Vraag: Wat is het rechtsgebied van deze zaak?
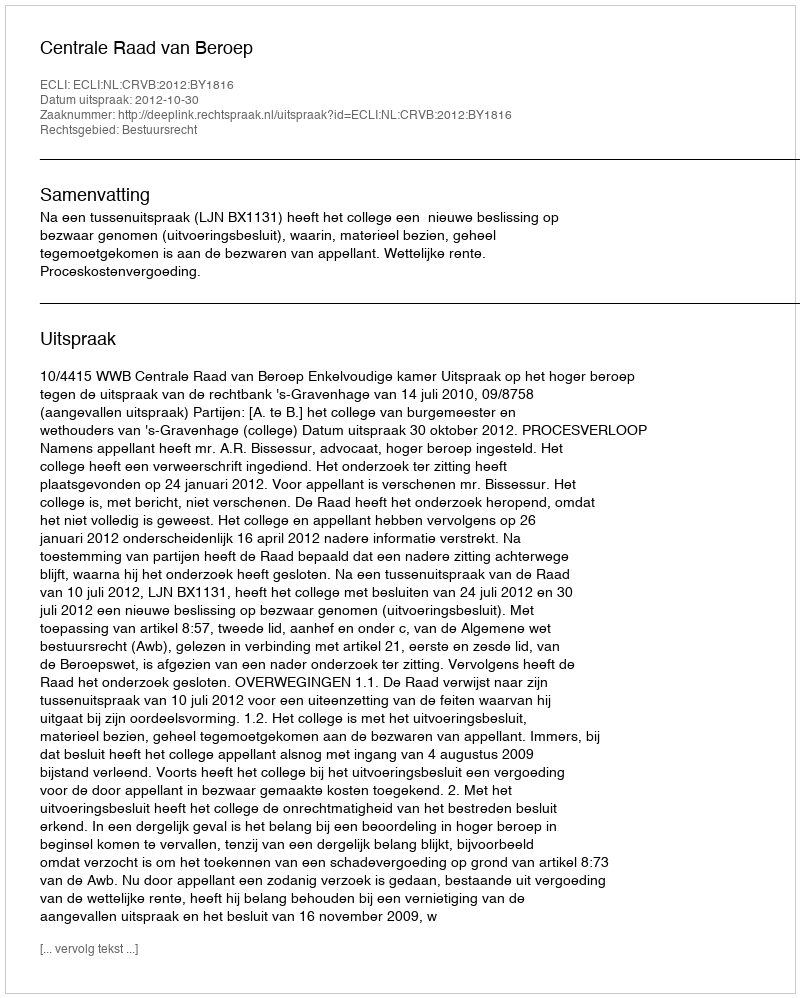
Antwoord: Bestuursrecht